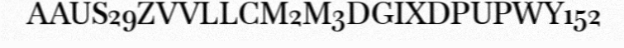
AAUS29ZVVLLCM2M3DGIXDPUPWY152